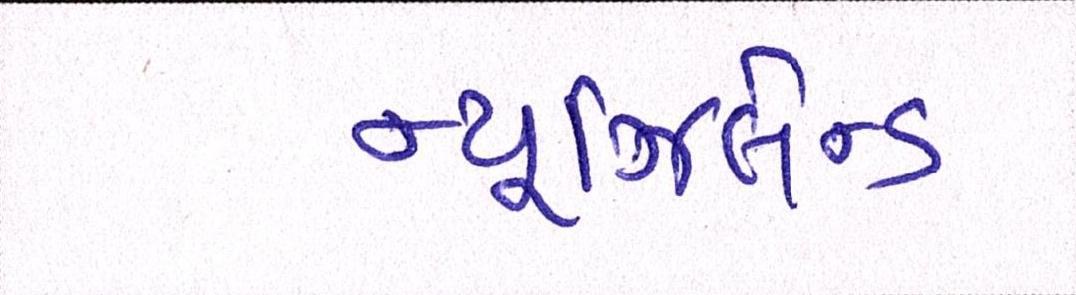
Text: ન્યૂઝિલેન્ડ